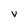
Character: V